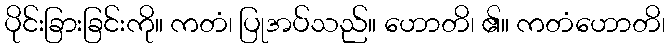
ပိုင်းခြားခြင်းကို။ ကတံ၊ ပြုအပ်သည်။ ဟောတိ၊ ၏။ ကတံဟောတိ၊